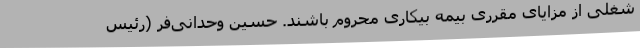
شغلی از مزایای مقرری بیمه بیکاری محروم باشند. حسین وحدانی‌فر (رئیس